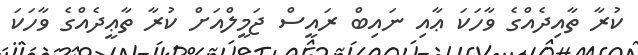
ކުރާ ތާއިދެއްގެ ވާހަކަ ޢާއި ނައިބް ރައީސް ޖަމީލްއަށް ކުރާ ތާޢީދެއްގެ ވާހަކަ